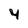
Character: 4